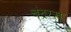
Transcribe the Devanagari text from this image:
चंद्ररख